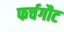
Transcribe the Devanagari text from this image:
फर्चगौट